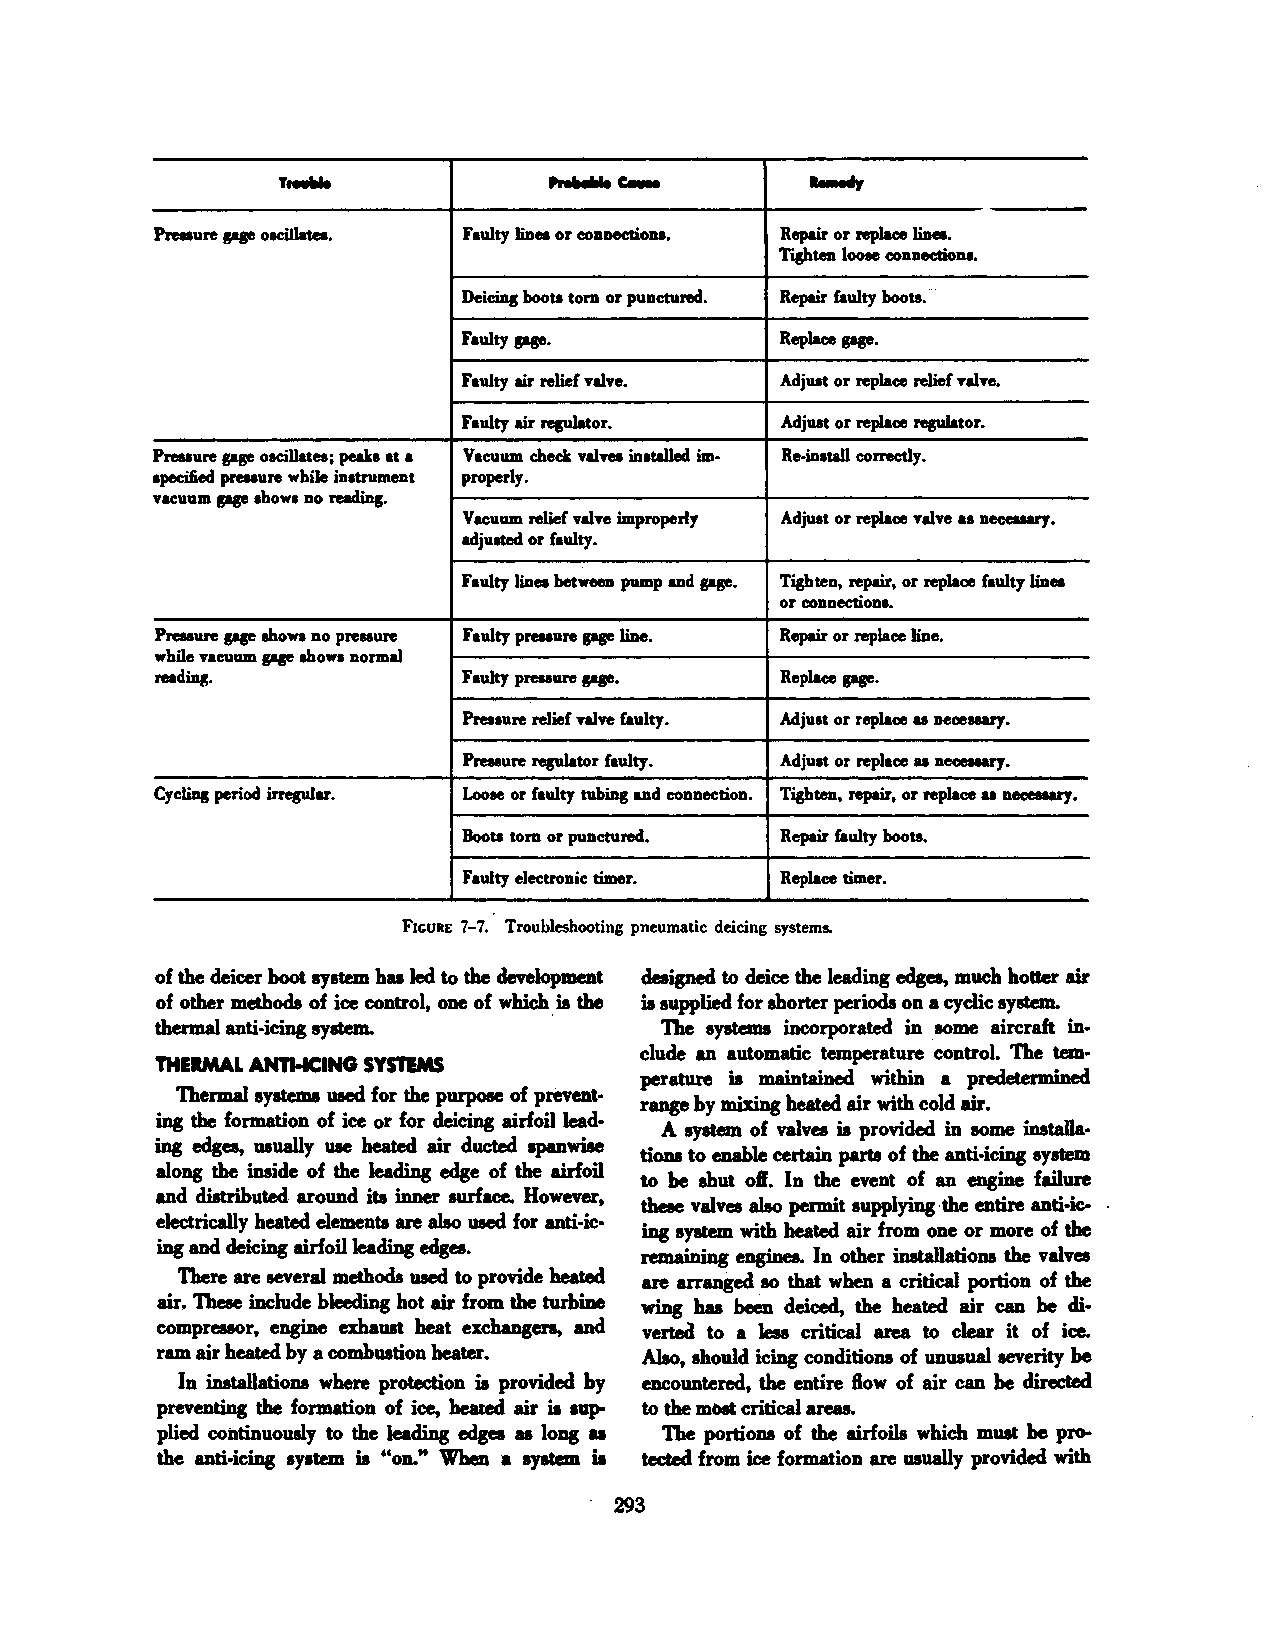
,. ......                          .._.,
 ........ c..
 Preuure pp oeclllatea. Faulty liDea or CODDeetiona. Repair or replace liDea.
 Tighten loolfJ CODDeetiona.
 DeiciDs boota tom or puDctured. Repair faulty bootl. --
 Faulty pp.           Replace PF·
 Faulty air relief valve. Adjuat or replace relief Talve.
 Faulty air resuJator. Adjuat or replace regulator.
 Preuure sase oeeillatea; peaka at a Vacuum check TaiTea iDatalled im- Re-iDatall correctly.
 apecified preuure while iDatrumeDt properly.
 ncuum pp ahows Do readiJis.
 Vacuum relief valve improperly Adjuat or replace valve as neceuary.
 adjuated or faulty.
 Faulty linea between pump md pp. TighteD, repair, or replace faulty liDea
 or CODDecUODI.
 Preuure pp ahowa DO preuure Faulty preuure pp liDe. Repair or replace liDe.
 while vacuum pp ahowa normal
 reading.            Faulty preuure pp.   Replace pp.
 Pressure relief valve faulty. Adjust or replace u Deceuary.
 Preuure resuJator faulty. Adjust or replace u neceuary.
 Cycling period irreplar. LoolfJ or faulty tubiJis md connection. Tighten, repair, or replace u neceaaary.
 Boote tom or punctured. Repair faulty bootl.
 Faulty electronic timer. Replace timer.
 FIGURE 7-7. Troubleshooting pneumatic deicing systems.
 of the deicer boot system h811 led to the development designed to deice the leading edges, much hotter air
 of other methods of ice control, one of which. is the is supplied for shorter periods on a cyclic system.
 thermal anti-icing system.       The systems incorporated in some aircraft in·
 clude an automatic temperature control. The tem·
 THERMAL ANTI-ICING SYSTEMS
 perature is maintained within a predetermined
 Thermal systems used for the purpose of prevent·
 range by mixing heated air with cold air.
 ing the formation of ice or for deicing airfoil lead·
 A system of valves is provided in some installa·
 ing edges, usually uae heated air ducted spanwise
 tions to enable certain parts of the anti-icing system
 along the inside of the leading edge of the airfoil
 to be shut of. In the event of an engine failure
 and distributed around its inner surface. However,
 these valves also permit supplying ·the entire anti-ic
 electrically heated elements are also used for anti-ic·
 ing system with heated air from one or more of the
 ing and deicing airfoil leading edges.
 remaining engines. In other installations the valves
 There are several methods used to provide heated are arranged so that when a critical portion of the
 air. These include bleeding hot air from the turbine wing hu been deiced, the heated air can be di·
 compressor, engine exhaust heat exchangers, and vertecl to a less critical area to clear it of ice.
 ram air heated by a combustion heater. Also, should icing conditions of unusual severity be
 In installations where protection is provided by encountered, the entire ftow of air can be directed
 preventing the formation of ice, healed air is •up to the moat critical areas.
 plied continuously to the leading edges 811 long 811 The portions of the airfoils which must be pro
 the anti-icing system is "on." When a ty1tem il tected from ice formation are usually provided with
 . 293